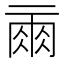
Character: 𰁙